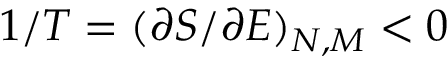
1 / T = ( \partial S / \partial E ) _ { N , M } < 0